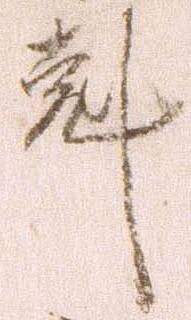
剋